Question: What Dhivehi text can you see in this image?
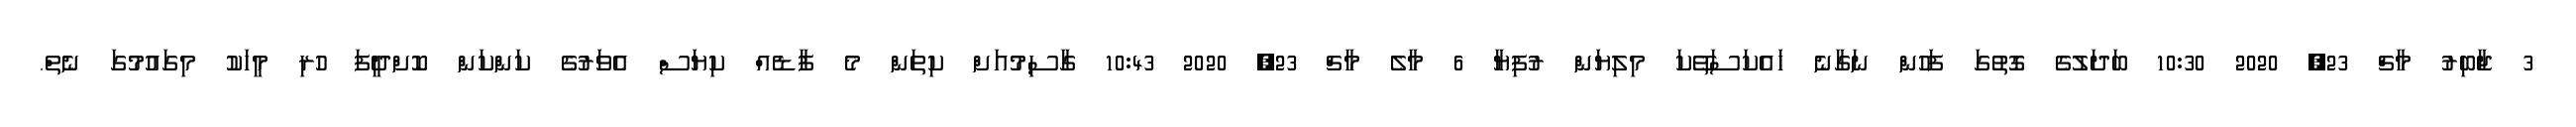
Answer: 3 ޖާބިރު މާޗް 23, 2020 10:30 ބަދަލުގެ ގޮތުގަ ފަހުން ނަގާނެ ހައެކަސަތޭކަ މިލިޔަން ރުފިޔާ 6 މާލެ މާޗް 23, 2020 10:43 ގާސިމުއަށް ކިތަން މެ ފާޑެއް ކިޔަސް އެވަރުގެ ކަންކަން ކޮށްދީފަ ހުރި މީހަކު މިގައުމުގަ ނެތް.